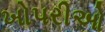
ખોપરીઓ